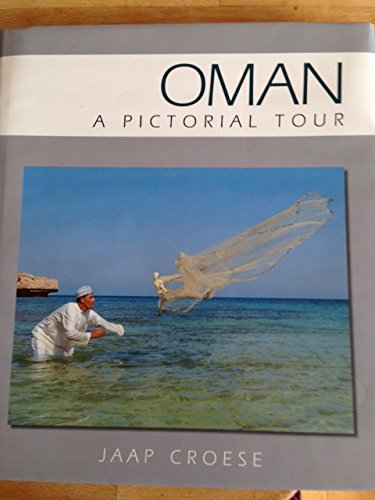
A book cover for Oman: A Pictorial Tour; Travel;